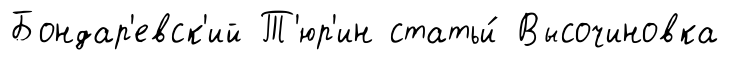
Бондар'евск'ий Т'юр'ин статьи́ Высочиновка